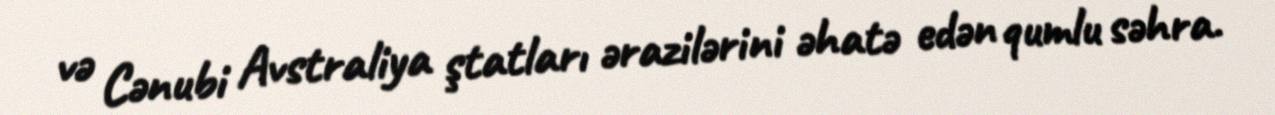
və Cənubi Avstraliya ştatları ərazilərini əhatə edən qumlu səhra.